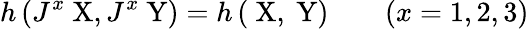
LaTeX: h\left(J^{x}\mathrm{\mathbf~X},J^{x}\mathrm{\mathbf~Y}\right)=h\left(\mathrm{\mathbf~X},\mathrm{\mathbf~Y}\right)\quad\quad(x=1,2,3)